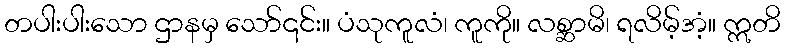
တပါးပါးသော ဌာနမှ သော်၎င်း။ ပံသုကူလံ၊ ကူကို။ လစ္ဆာမိ၊ ရလိမ့်အံ့။ ဣတိ